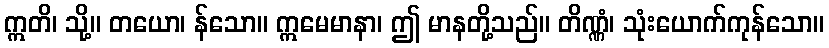
ဣတိ၊ သို့။ တယော၊ န်သော။ ဣမေမာနာ၊ ဤ မာနတို့သည်။ တိဏ္ဏံ၊ သုံးယောက်ကုန်သော။